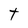
Character: t